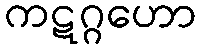
ကဋဂ္ဂဟော